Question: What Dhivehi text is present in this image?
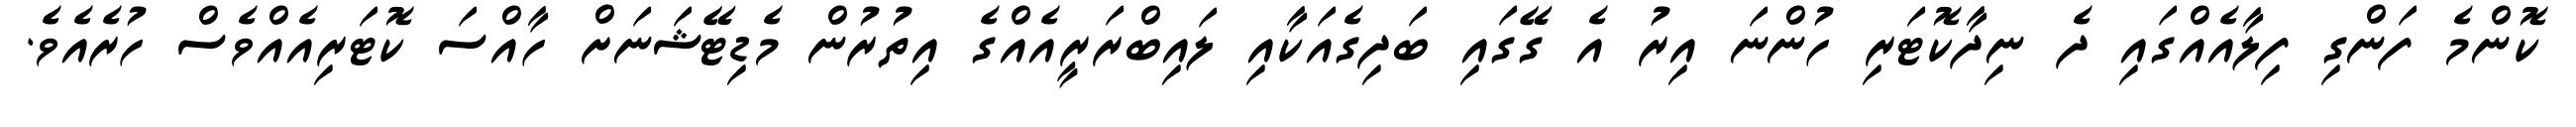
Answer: ކޮންމެ ފަންގި ފިލާއެއްގައި ދެ ނިދާކޮޓަރި ހުންނަ އިރު އެ ގޭގައި ބަދިގެއަކާއި ލައިބްރަރީއެއްގެ އިތުރުން މެޑިޓޭޝަނަށް ހާއްސަ ކޮޓަރިއެއްވެސް ހުރެއެވެ.